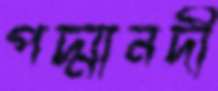
পদ্মানদী